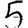
Digit: 5